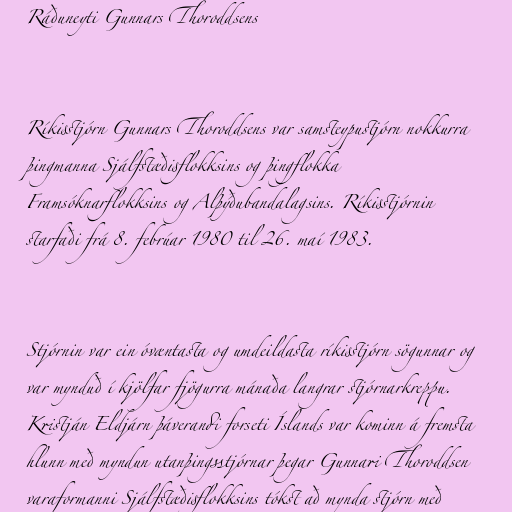
Ráðuneyti Gunnars Thoroddsens

Ríkisstjórn Gunnars Thoroddsens var samsteypustjórn nokkurra
þingmanna Sjálfstæðisflokksins og þingflokka
Framsóknarflokksins og Alþýðubandalagsins. Ríkisstjórnin
starfaði frá 8. febrúar 1980 til 26. maí 1983.

Stjórnin var ein óvæntasta og umdeildasta ríkisstjórn sögunnar og
var mynduð í kjölfar fjögurra mánaða langrar stjórnarkreppu.
Kristján Eldjárn þáverandi forseti Íslands var kominn á fremsta
hlunn með myndun utanþingsstjórnar þegar Gunnari Thoroddsen
varaformanni Sjálfstæðisflokksins tókst að mynda stjórn með